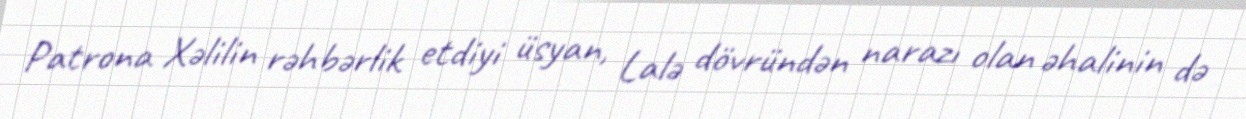
Patrona Xəlilin rəhbərlik etdiyi üsyan, Lalə dövründən narazı olan əhalinin də